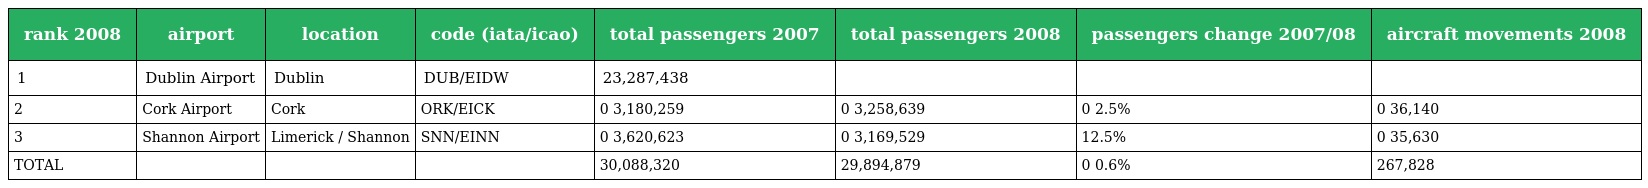
| rank 2008 | airport | location | code (iata/icao) | total passengers 2007 | total passengers 2008 | passengers change 2007/08 | aircraft movements 2008 |
 | --- | --- | --- | --- | --- | --- | --- | --- |
 | 1 | Dublin Airport | Dublin | DUB/EIDW | 23,287,438 |  |  |  |
 | 2 | Cork Airport | Cork | ORK/EICK | 0 3,180,259 | 0 3,258,639 | 0 2.5% | 0 36,140 |
 | 3 | Shannon Airport | Limerick / Shannon | SNN/EINN | 0 3,620,623 | 0 3,169,529 | 12.5% | 0 35,630 |
 | TOTAL |  |  |  | 30,088,320 | 29,894,879 | 0 0.6% | 267,828 |